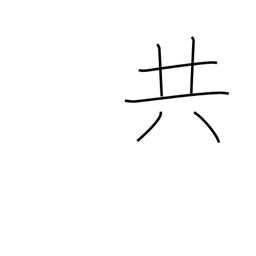
Meaning: all